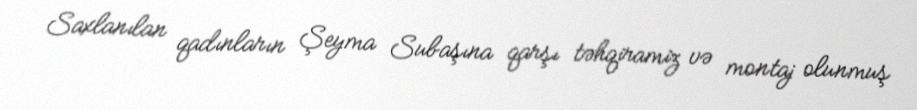
Saxlanılan qadınların Şeyma Subaşına qarşı təhqiramiz və montaj olunmuş